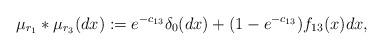
LaTeX: \begin{align*} \mu_{r_1}\ast \mu_{r_3}(dx) := e^{-c_{13}} \delta_0(dx) +(1-e^{-c_{13}})f_{13}(x)dx,\end{align*}